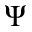
\Psi